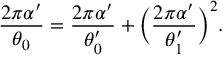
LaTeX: \frac { 2 \pi \alpha ^ { \prime } } { \theta _ { 0 } } = \frac { 2 \pi \alpha ^ { \prime } } { \theta _ { 0 } ^ { \prime } } + \biggl ( \frac { 2 \pi \alpha ^ { \prime } } { \theta _ { 1 } ^ { \prime } } \biggr ) ^ { 2 } .